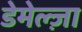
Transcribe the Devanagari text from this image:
डेमेल्ज़ा